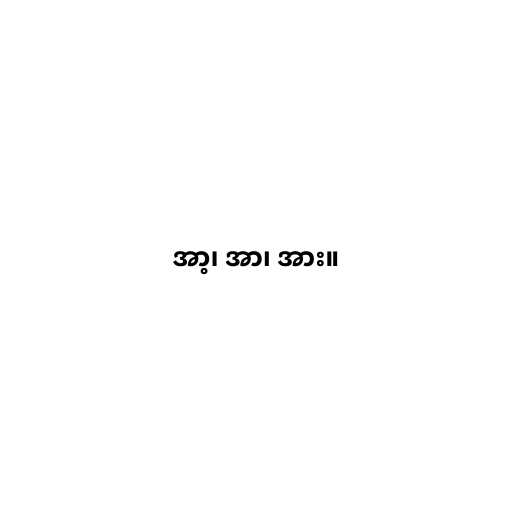
အာ့၊ အာ၊ အား။